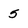
Character: 5